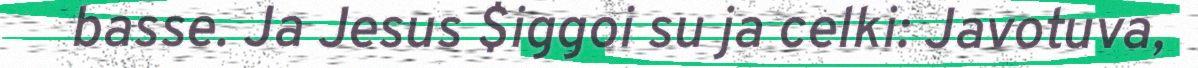
basse. Ja Jesus $iggoi su ja celki: Javotuva,